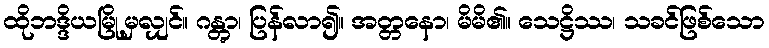
ထိုဘဒ္ဒိယမြို့မှလျှင်။ ဂန္တွာ၊ ပြန်လာ၍။ အတ္တနော၊ မိမိ၏။ သေဋ္ဌိဿ၊ သခင်ဖြစ်သော